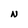
Character: N